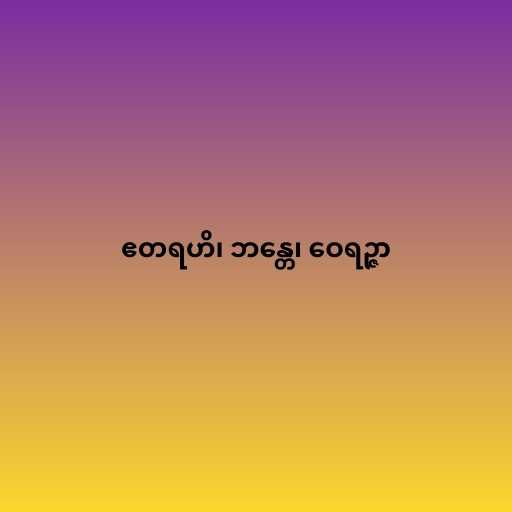
ဧတရဟိ၊ ဘန္တေ၊ ဝေရဉ္ဇာ